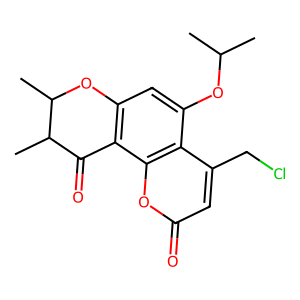
SMILES: CC(C)Oc1cc2c(c3oc(=O)cc(CCl)c13)C(=O)C(C)C(C)O2
Inhibits HIV replication: No